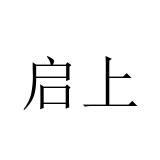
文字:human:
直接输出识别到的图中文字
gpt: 启上